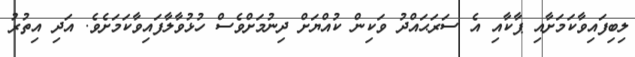
ލިބިފައިވާކަމަށާއި ޕާކާއި އެ ސަރަޙައްދު ވަކިން ކުއްޔަށް ދިނުމަށްވެސް ހުޅުވާލާފައިވާކަމަށެވެ. އަދި އިތުރު